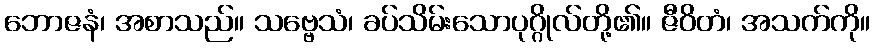
ဘောဇနံ၊ အစာသည်။ သဗ္ဗေသံ၊ ခပ်သိမ်းသောပုဂ္ဂိုလ်တို့၏။ ဇီဝိတံ၊ အသက်ကို။